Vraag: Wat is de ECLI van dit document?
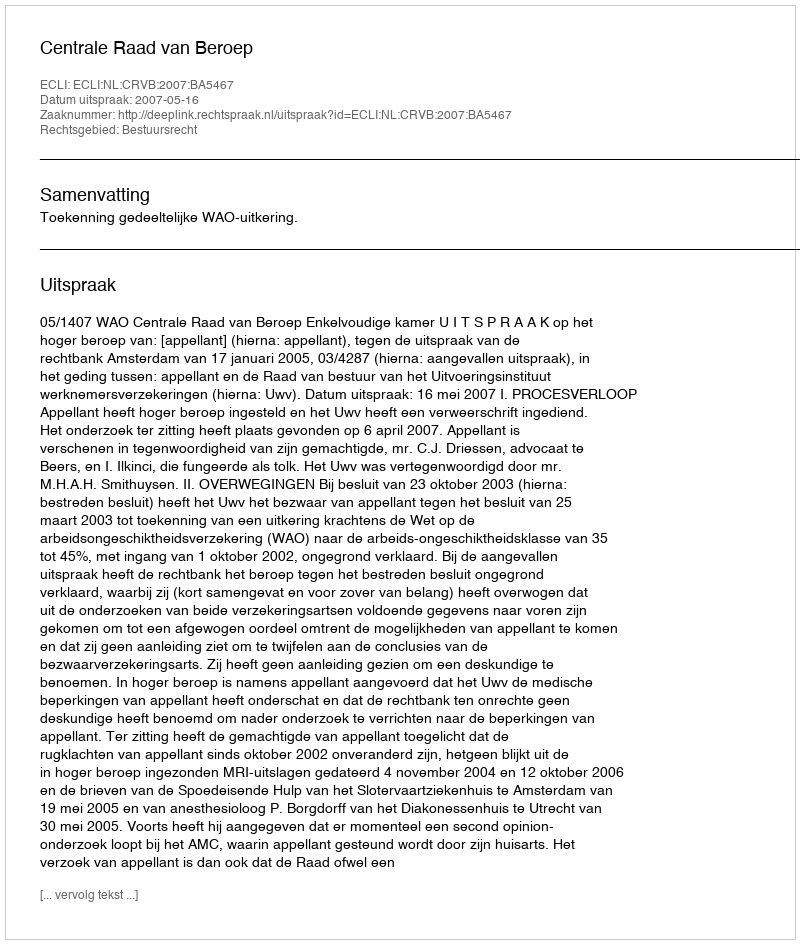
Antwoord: ECLI:NL:CRVB:2007:BA5467